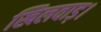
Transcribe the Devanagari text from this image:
खिलवाड़।